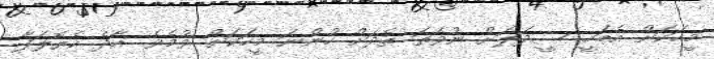
މީހަކަށް އެބަހީ ސީދަލަށް ނުވަތަ ތެދަށް ހުންނަ މީހަކަށް ވުމެވެ. އާދެ ހެޔޮލަފާ